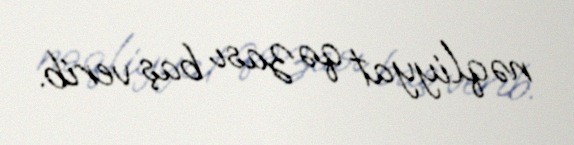
nəqliyyat qəzası baş verib.